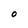
Character: 0